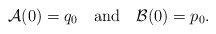
\begin{align*}{\cal A}(0) = q_0 \quad {\rm and}\quad {\cal B}(0) = p_0.\end{align*}